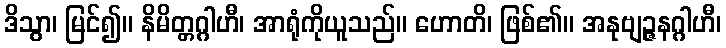
ဒိသွာ၊ မြင်၍။ နိမိတ္တဂ္ဂါဟီ၊ အာရုံကိုယူသည်။ ဟောတိ၊ ဖြစ်၏။ အနုဗျဉ္ဇနဂ္ဂါဟီ၊